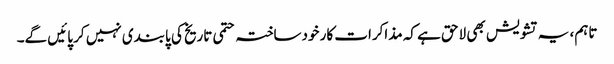
تاہم، یہ تشویش بھی لاحق ہے کہ مذاکرات کار خودساختہ حتمی تاریخ کی پابندی نہیں کر پائیں گے۔